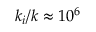
k _ { i } / k \approx 1 0 ^ { 6 }